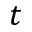
t